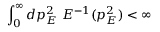
\int _ { 0 } ^ { \infty } d p _ { E } ^ { 2 } \ { \cal E } ^ { - 1 } ( p _ { E } ^ { 2 } ) < \infty